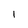
Character: l